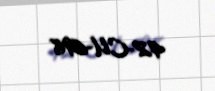
42-CU-698